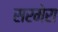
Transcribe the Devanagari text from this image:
सरमेरा